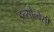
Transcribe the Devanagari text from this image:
इन्सोल्वेंसी